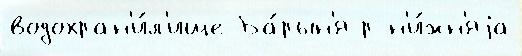
водохран'и́л'ище Ба́рын'я р н'и́жн'яjа